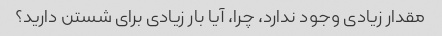
مقدار زیادی وجود ندارد، چرا، آیا بار زیادی برای شستن دارید؟